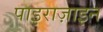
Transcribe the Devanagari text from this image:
पाइराज़ाइन